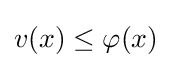
v(x)\leq \varphi (x)